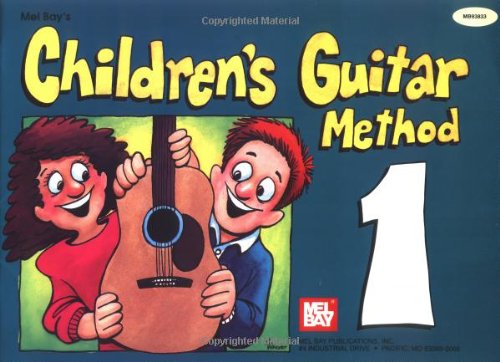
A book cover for Mel Bay Children's Guitar Method, Vol. 1; William Bay; Children's Books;